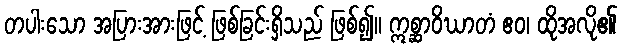
တပါးသော အပြားအားဖြင့် ဖြစ်ခြင်းရှိသည် ဖြစ်၍။ ဣစ္ဆာဝိဃာတံ ဧဝ၊ ထိုအလို၏